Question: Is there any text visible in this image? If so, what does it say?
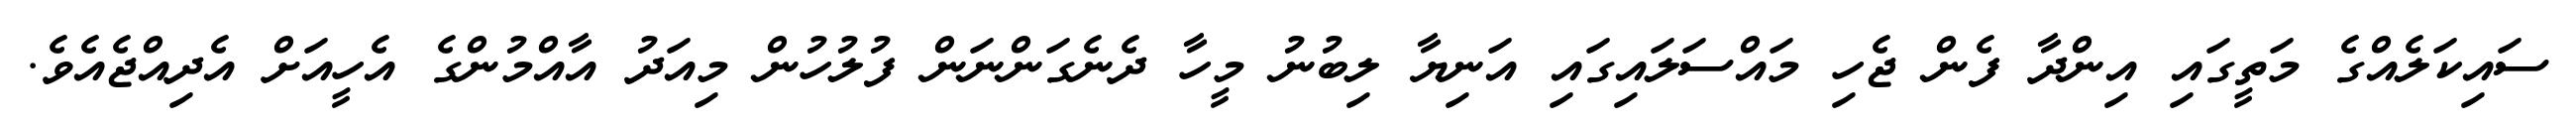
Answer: ސައިކަލެއްގެ މަތީގައި އިންދާ ފެން ޖެހި މައްސަލައިގައި އަނިޔާ ލިބުނު މީހާ ދެނެގަންނަން ފުލުހުން މިއަދު އާއްމުންގެ އެހީއަށް އެދިއްޖެއެވެ.